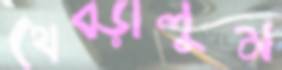
থেব্‌ড়ালুম